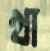
খা